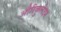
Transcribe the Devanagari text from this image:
औरिकुलेटम